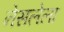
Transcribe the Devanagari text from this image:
नेसलेला